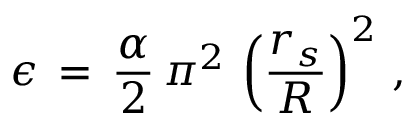
\epsilon \, = \, \frac { \alpha } { 2 } \, \pi ^ { 2 } \, \left( \frac { r _ { s } } { R } \right) ^ { 2 } \, { , }